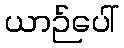
ယာဉ်ပေါ်